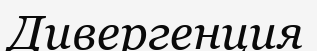
Дивергенция